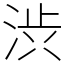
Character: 渋